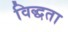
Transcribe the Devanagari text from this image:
विद्धता